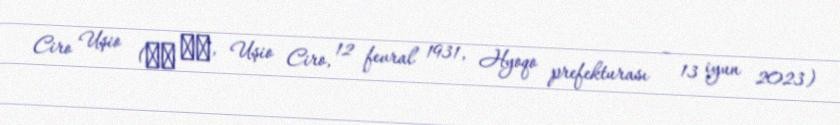
Ciro Uşio (牛尾 治朗, Uşio Ciro, 12 fevral 1931, Hyoqo prefekturası – 13 iyun 2023)